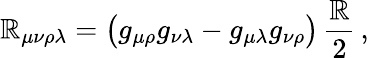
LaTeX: \mathbb{R}_{\mu\nu\rho\lambda}=\bigl(g_{\mu\rho}g_{\nu\lambda}-g_{\mu\lambda}g_{\nu\rho}\bigr)\, \frac{{\mathbb{R}}}{{2}}\, ,